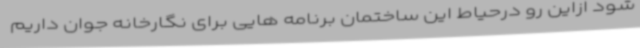
شود ازاین رو درحیاط این ساختمان برنامه هایی برای نگارخانه جوان داریم